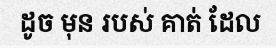
ដូច មុន របស់ គាត់ ដែល